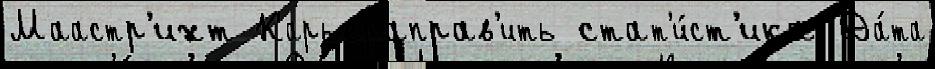
Маастр'ихт Карьераправ'ить стат'и́ст'ика Да́та